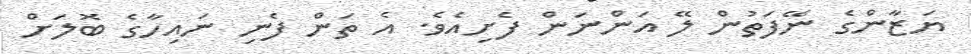
ޔަޒާންގެ ނޭފަތުން ލޭ އަންނަން ފެށިއެވެ. އެ ތަން ފެނި ނައިހާގެ ބޮލަށް